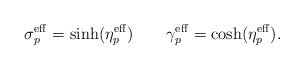
\begin{align*}\sigma_p^\mathrm{eff}=\sinh(\eta_p^\mathrm{eff}) \qquad\gamma_p^\mathrm{eff}=\cosh(\eta_p^\mathrm{eff}).\end{align*}